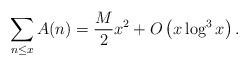
LaTeX: \begin{align*} \sum_{n\le x} A(n) = \frac{M}{2} x^2 + O\left(x \log^3 x \right).\end{align*}